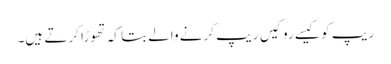
ریپ کو کیسے رو کیں ریپ کرنے والے بتا کہ تھوڑا کرتے ہیں۔